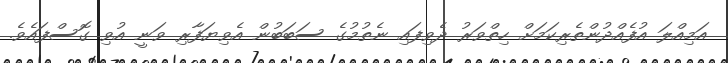
އަމިއްލަ އުފެއްދުންތެރިކަމަށް ހިތްވަރު ދެވިފައި ނެތުމުގެ ސަބަބުން އެވިޔަފާރި ވަނީ އުވި ގޮސްފައެވެ.